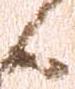
日